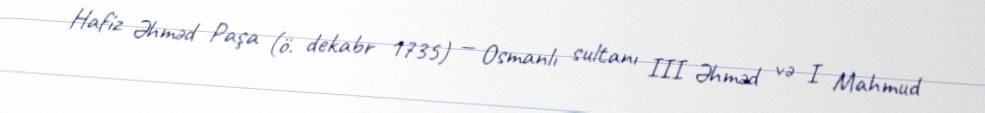
Hafiz Əhməd Paşa (ö. dekabr 1735) — Osmanlı sultanı III Əhməd və I Mahmud